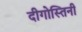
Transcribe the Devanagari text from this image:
दीगोस्तिनी